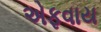
એફવાય